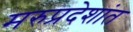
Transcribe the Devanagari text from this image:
मरुप्रदेशांत